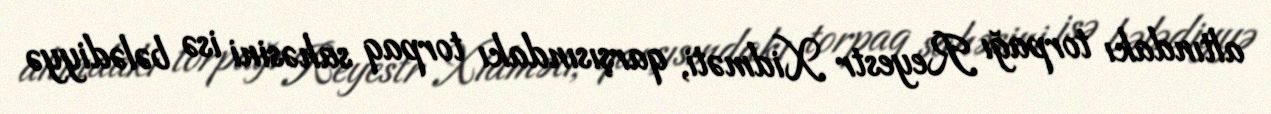
altındakı torpağı Reyestr Xidməti, qarşısındakı torpaq sahəsini isə bələdiyyə